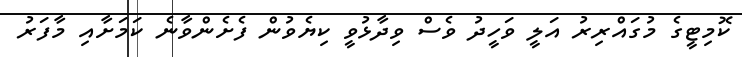
ކޮމިޓީގެ މުގައްރިރު އަލީ ވަހީދު ވެސް ވިދާޅުވީ ކިޔެވުން ފެށެންވާނެ ކަމަށާއި މާފަރު